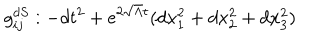
g _ { i j } ^ { d S } : - d t ^ { 2 } + e ^ { 2 \sqrt { \Lambda } t } ( d x _ { 1 } ^ { 2 } + d x _ { 2 } ^ { 2 } + d x _ { 3 } ^ { 2 } )